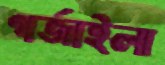
গর্‌জাইলা